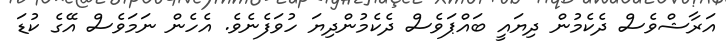
އަރާޝްވެސް ދެކެމުން ދިޔައީ ބައްޕަވެސް ދެކެމުންދިޔަ ހުވަފެނެވެ. އެހެން ނަމަވެސް އޭގެ ކުޑަ